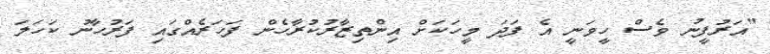
"އަރުފީނު ވެސް ހީވަނީ އެ ފަދަ މީހަކަށް އިންތިޒާރުކުރާހެން ފަހަރެއްގައި ފަރުހާނު ކަހަލަ